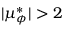
| \mu _ { \phi } ^ { * } | > 2